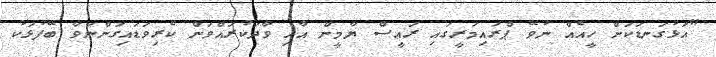
"އަޅުގަނޑަކަށް ހީއެއް ނުވޭ ޕްރައިމަރީގައި ރައީސް ޔާމީން އާއި ވާދަކުރައްވަން ކެރިވަޑައިގަންނަވާ ބޭފުޅަކު